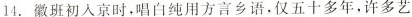
14.徽班初入京时，唱白纯用方言乡语，仅五十多年，许多艺